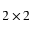
2 \times 2